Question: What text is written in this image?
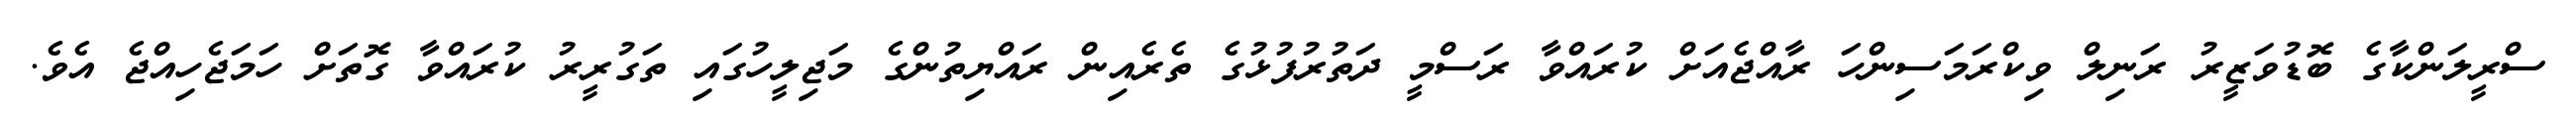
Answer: ސްރީލަންކާގެ ބޮޑުވަޒީރު ރަނިލް ވިކްރަމަސިންހަ ރާއްޖެއަށް ކުރައްވާ ރަސްމީ ދަތުރުފުޅުގެ ތެރެއިން ރައްޔިތުންގެ މަޖިލީހުގައި ތަގުރީރު ކުރައްވާ ގޮތަށް ހަމަޖެހިއްޖެ އެވެ.